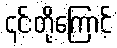
၎င်းတို့ကြောင့်